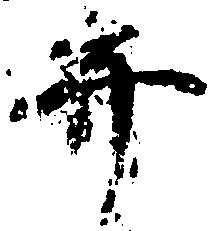
弁